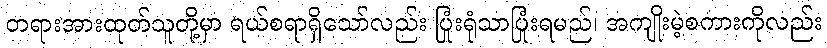
တရားအားထုတ်သူတို့မှာ ရယ်စရာရှိသော်လည်း ပြုံးရုံသာပြုံးရမည်၊ အကျိုးမဲ့စကားကိုလည်း